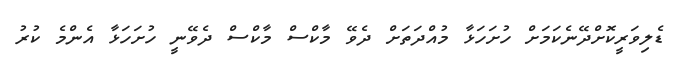
ޑެލިވަރީކޮށްދޭނެކަމަށް ހުށަހަޅާ މުއްދަތަށް ދެވޭ މާކްސް މާކްސް ދެވޭނީ ހުށަހަޅާ އެންމެ ކުރު